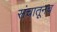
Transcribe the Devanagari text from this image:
संचातूनच